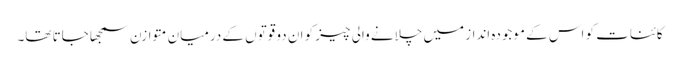
کائنات کو اس کے موجودہ انداز میں چلانے والی چیز کو ان دو قوتوں کے درمیان متوازن سمجھا جاتا تھا۔